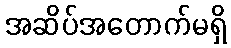
အဆိပ်အတောက်မရှိ